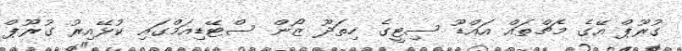
ގުރޫޕް އޭގެ މެޗްތައް އައްޑޫ ސިޓީގެ ހިތަދޫ ޒޯން ސްޓޭޑިއަމްގައި ކުޅޭއިރު ގުރޫޕް